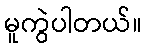
မူကွဲပါတယ်။